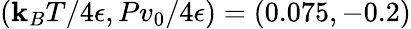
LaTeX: (\mathbf{k}_{B}T/4\epsilon,Pv_{0}/4\epsilon)=(0.075,-0.2)